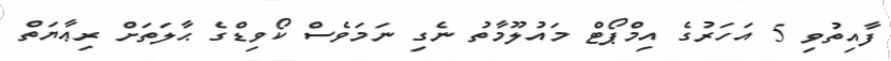
ފާއިތުވި 5 އަހަރުގެ އިމްޕޯޓް މައުލޫމާތު ނެގި ނަމަވެސް ކޯވިޑްގެ ޙާލަތަށް ރިޢާޔަތް